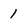
Character: 1